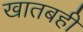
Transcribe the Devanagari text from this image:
खातबही